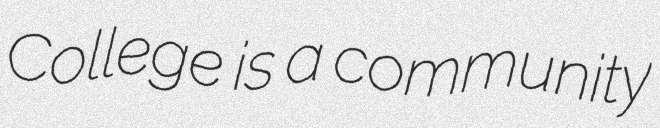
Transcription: College is a community